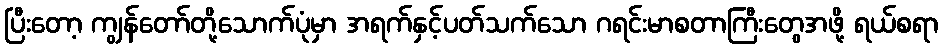
ပြီးတော့ ကျွန်တော်တို့သောက်ပုံမှာ အရက်နှင့်ပတ်သက်သော ဂရင်းမာစတာကြီးတွေအဖို့ ရယ်စရာ